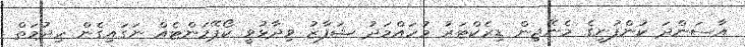
އާސަންދަ ކުންފުނީގެ މެނޭޖިން ޑިރެކްޓަރު މުހައްމަދު ޝަފާޒު ވިދާޅުވީ ކޯޕޭމަންޓެއް ނަގައިގެން ހިދުމަތް